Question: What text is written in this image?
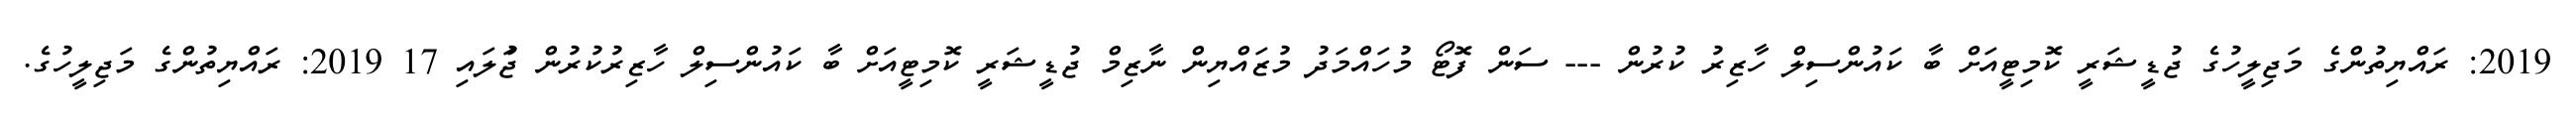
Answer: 2019: ރައްޔިތުންގެ މަޖިލީހުގެ ޖުޑީޝަރީ ކޮމިޓީއަށް ބާ ކައުންސިލް ހާޒިރު ކުރުން --- ސަން ފޮޓޯ މުހައްމަދު މުޒައްޔިން ނާޒިމް ޖުޑީޝަރީ ކޮމިޓީއަށް ބާ ކައުންސިލް ހާޒިރުކުރުން ޖުަލައި 17 2019: ރައްޔިތުންގެ މަޖިލީހުގެ.